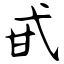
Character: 甙